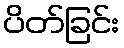
ပိတ်ခြင်း